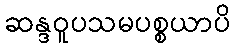
ဆန္ဒဝူပသမပစ္စယာပိ